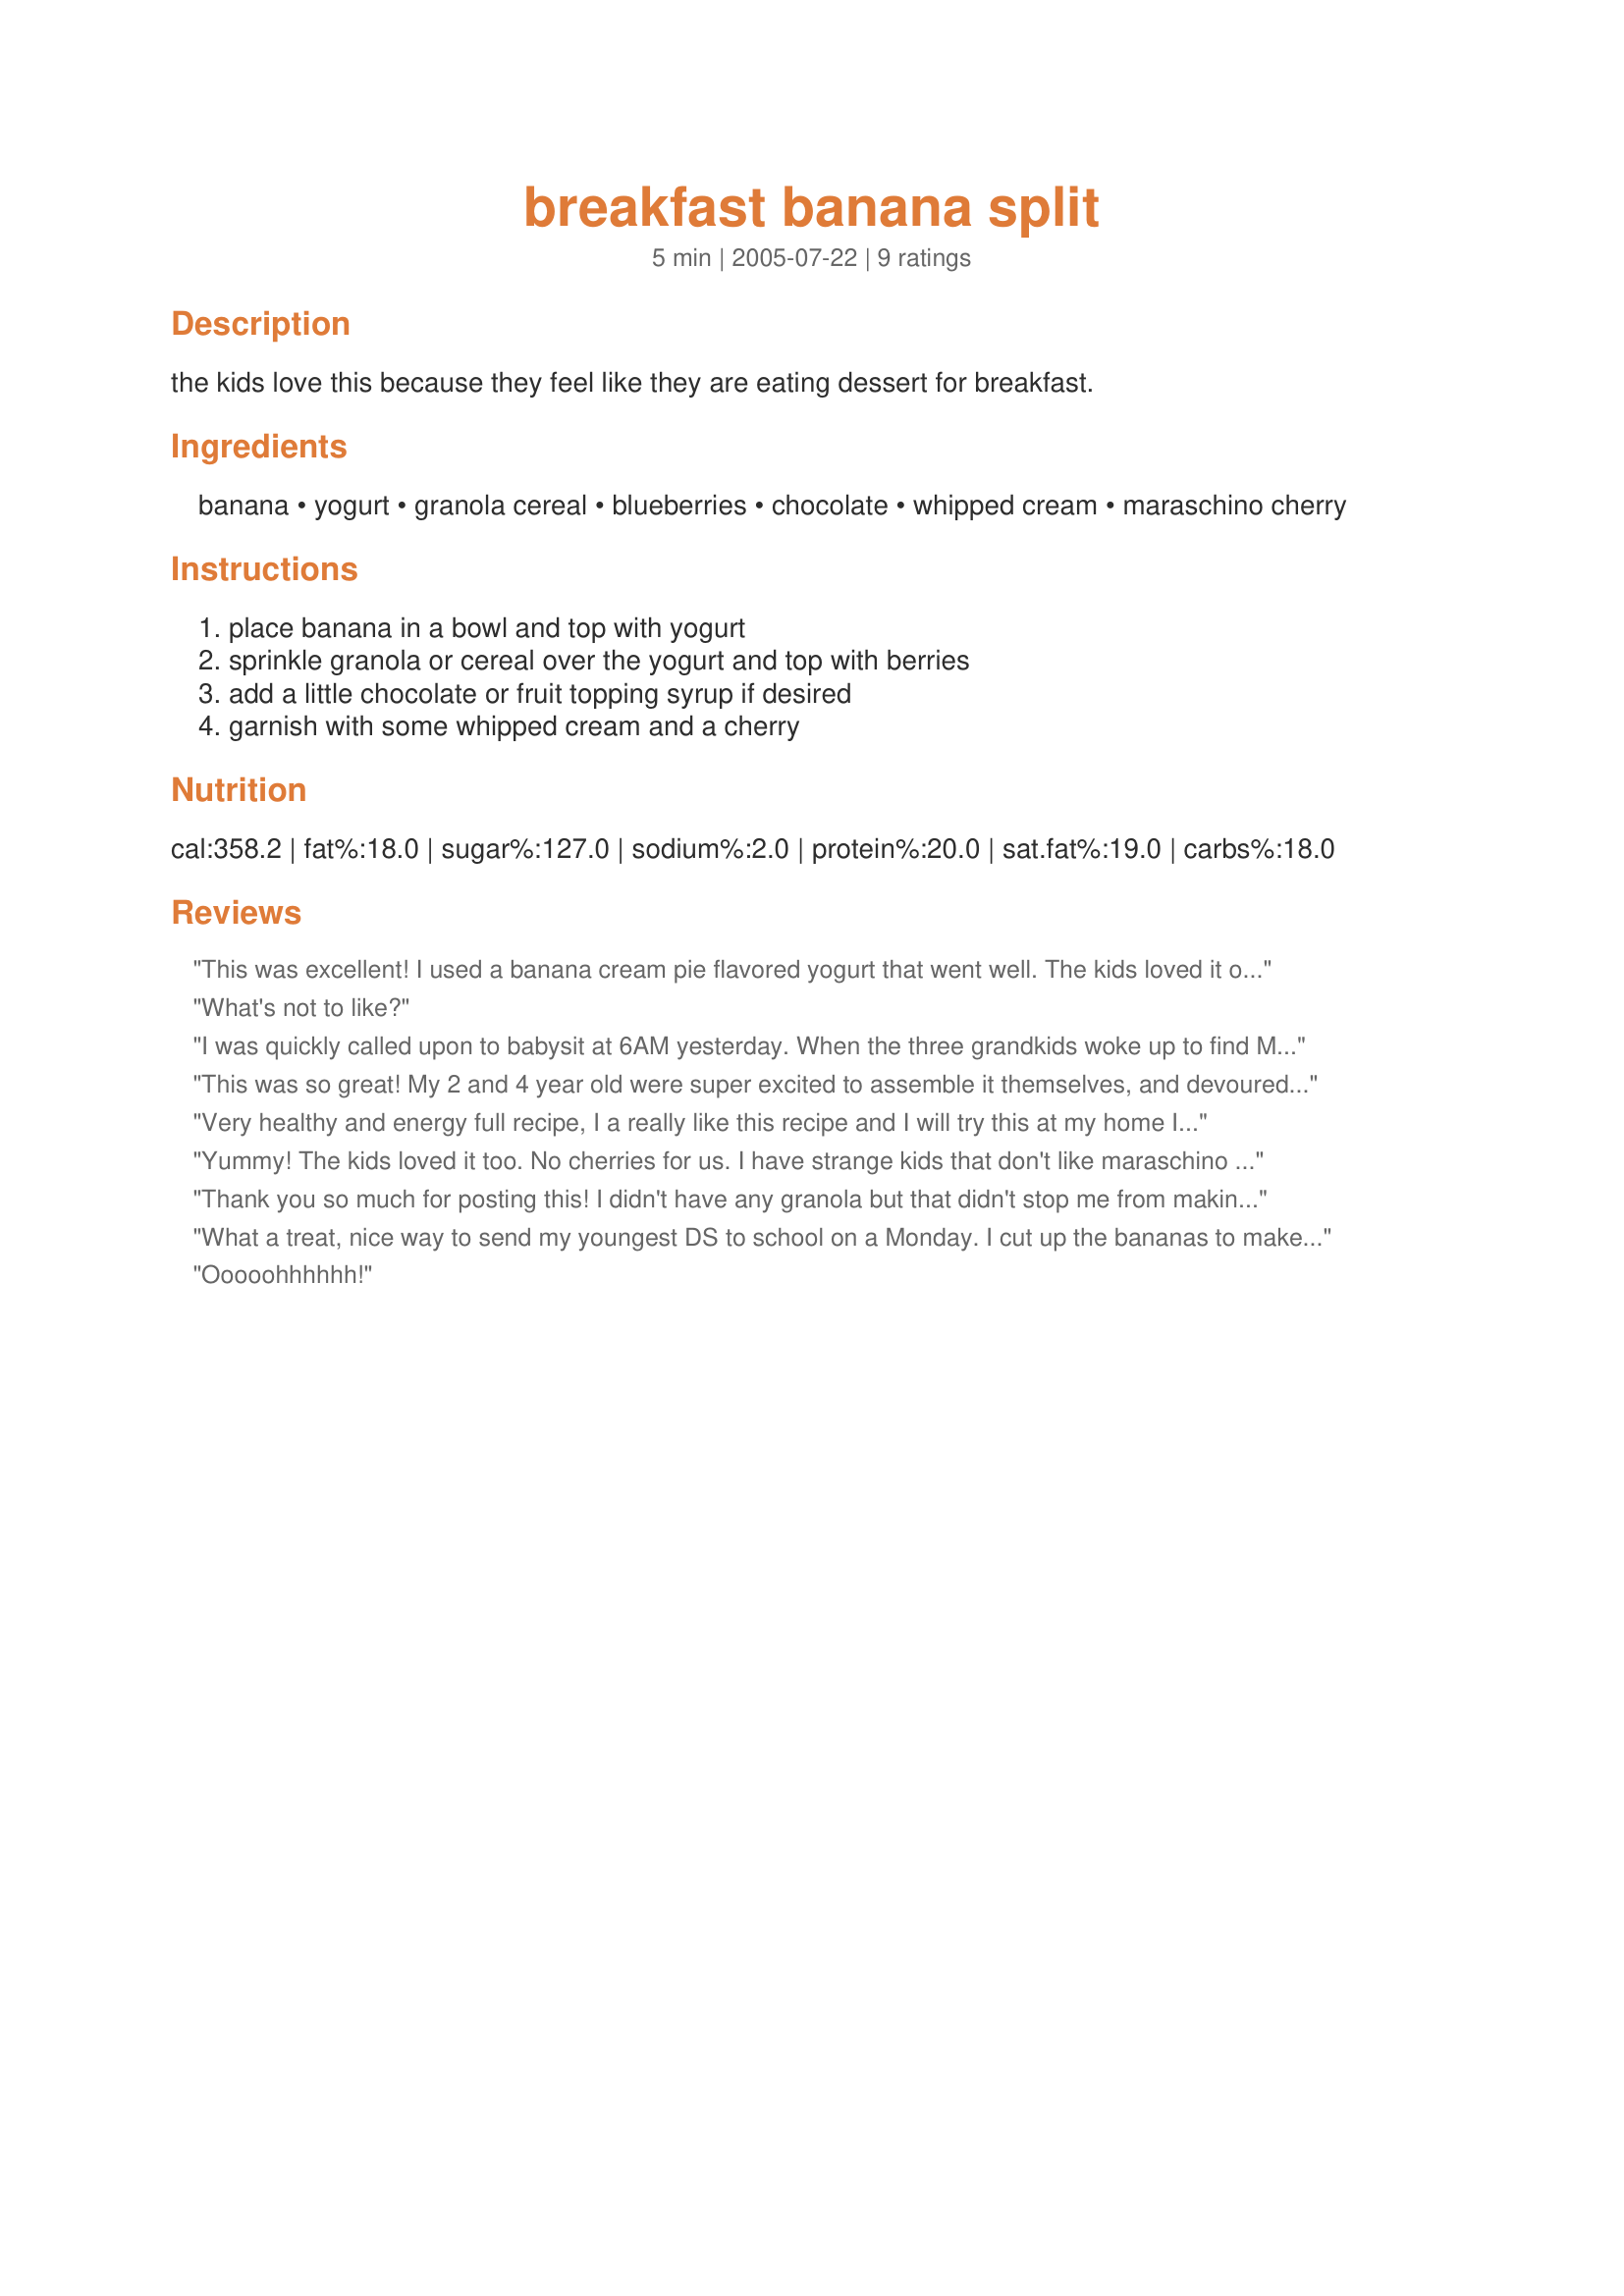
breakfast banana split
Preparation time: 5 minutes

the kids love this because they feel like they are eating dessert for breakfast.

Ingredients:
banana, yogurt, granola cereal, blueberries, chocolate, whipped cream, maraschino cherry

Steps:
place banana in a bowl and top with yogurt, sprinkle granola or cereal over the yogurt and top with berries, add a little chocolate or fruit topping syrup if desired, garnish with some whipped cream and a cherry

Reviews:
This was excellent! I used a banana cream pie flavored yogurt that went well. The kids loved it of course. I didn't have a good dish to put it in so I split this up into 4 pudding cups and we all had our own individual serving. Great idea!
What's not to like?
I was quickly called upon to babysit at 6AM yesterday. When the three grandkids woke up to find Mommy and Daddy gone they were rather upset. I had just seen this recipe the day before..went scrambling for the ingredients and made this for breakfast. WHAT A HIT!! Thank you, Marg, you made granny a hero! They didn't have chocolate syrup in the house so I used caramel, no cherries either..I used a strawberry instead. It was gobbled up!
This was so great! My 2 and 4 year old were super excited to assemble it themselves, and devoured it together. We used plain Greek yogurt.
Very healthy and energy full recipe, I a really like this recipe and I will try this at my home If I have some time next weekend. Banana is very health full in the morning it is a very good breakfast because it give enough carbohydrate to our body. You can find buyers and sellers of wholesale bananas at http://www.exportersindia.com/indian-suppliers/banana.htm
Yummy! The kids loved it too. No cherries for us. I have strange kids that don't like maraschino cherries but will use fresh cherries when they are in season. To mix things up a little, this is great on top of a whole grain waffle, just slice the banana. I guess you can use banana waffles too. If your grocer sells a fresh fruit smoothy mix its perfect for this. The one my grocer sells is a mix of berries. This is also great for a healthy dessert. Thanks for the great post.
Thank you so much for posting this! I didn't have any granola but that didn't stop me from making this. I'm almost due (in 14 days) for our second child and have been having a hard time curbing my chocolate and ice cream cravings. This was GREAT!

Thanks again!

Mandi
What a treat, nice way to send my youngest DS to school on a Monday. I cut up the bananas to make it less messy for him to eat, used blueberry yogurt, bad time of year to find good quality strawberries so used frozen/thawed sweetened. My DH thought this was quite delicious too!
Thank You Marg-
Ooooohhhhhh!
